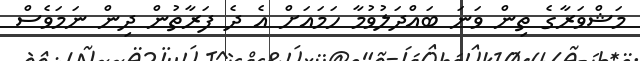
މަޝްވަރާގެ ތިން ވަނަ ބައްދަލުވުމާ ހަމައަށް އެ ދެ ފަރާތުން ދިން ނަމަވެސް